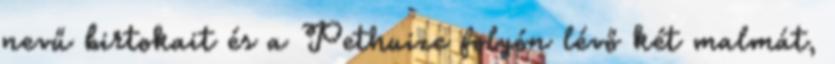
nevű birtokait és a Pethuize folyón lévő két malmát,